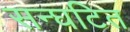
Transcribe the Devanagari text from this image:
सन्घटित